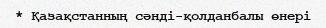
* Қазақстанның сәнді-қолданбалы өнері